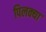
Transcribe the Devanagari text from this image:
पिलक्या